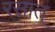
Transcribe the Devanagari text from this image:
रसात्